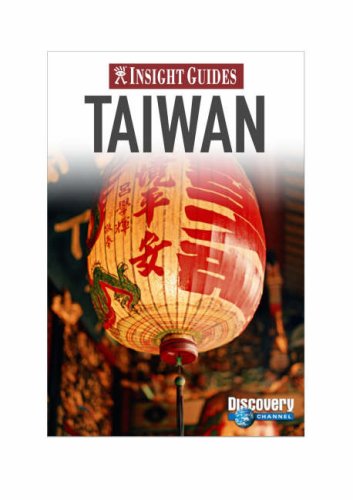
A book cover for Insight Guides: Taiwan; Travel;